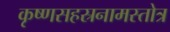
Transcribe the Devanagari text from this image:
कृष्णसहस्रनामस्तोत्र